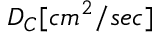
D _ { C } [ c m ^ { 2 } / s e c ]